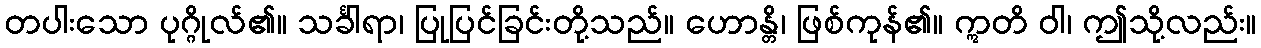
တပါးသော ပုဂ္ဂိုလ်၏။ သင်္ခါရာ၊ ပြုပြင်ခြင်းတို့သည်။ ဟောန္တိ၊ ဖြစ်ကုန်၏။ ဣတိ ဝါ၊ ဤသို့လည်း။